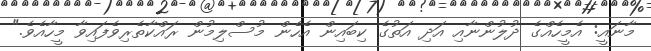
މާނައީ: އެމީހެއްގެ ދުލުންނާއި އަދި އަތުގެ ކިބައިން އެހެން މުސްލިމުން ރައްކާތެރިވެފައިވާ މީހާއެވެ."